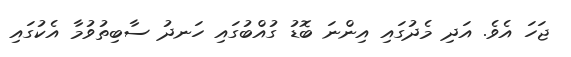
ޖަހަ އެވެ. އަދި މެދުގައި އިންނަ ބޮޑު ގުއްބުގައި ހަނދު ސާބިތުވުމާ އެކުގައި